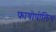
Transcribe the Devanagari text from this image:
फायोपोलिथ